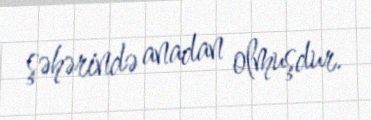
şəhərində anadan olmuşdur.